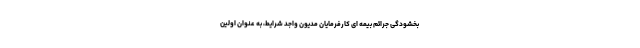
بخشودگی جرائم بیمه ای کارفرمایان مدیون واجد شرایط، به عنوان اولین